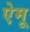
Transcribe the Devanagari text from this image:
ऐमू